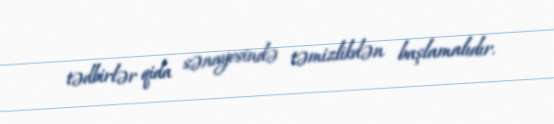
tədbirlər qida sənayesində təmizlikdən başlamalıdır.